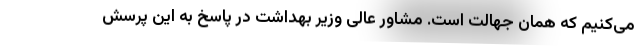
می‌کنیم که همان جهالت است. مشاور عالی وزیر بهداشت در پاسخ به این پرسش